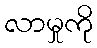
လာမှုကို